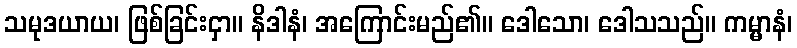
သမုဒယာယ၊ ဖြစ်ခြင်းငှာ။ နိဒါနံ၊ အကြောင်းမည်၏။ ဒေါသော၊ ဒေါသသည်။ ကမ္မာနံ၊